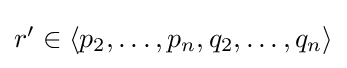
{\textstyle r'\in \langle p_{2},\dots ,p_{n},q_{2},\dots ,q_{n}\rangle }